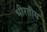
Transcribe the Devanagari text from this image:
भीरतीय